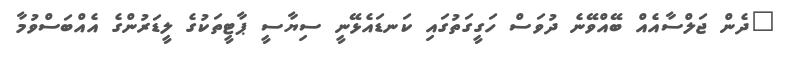
"ދެން ޖަލްސާއެއް ބޭއްވޭނެ ދުވަސް ހަގީގަތުގައި ކަނޑައެޅޭނީ ސިޔާސީ ޕާޓީތަކުގެ ލީޑަރުންގެ އެއްބަސްވުމާ